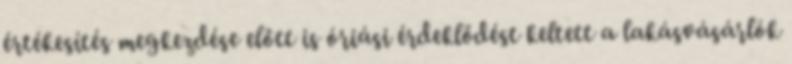
értékesítés megkezdése előtt is óriási érdeklődést keltett a lakásvásárlók